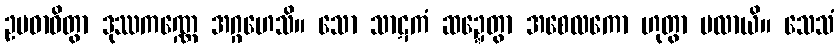
ဥပဓာဝိတွာ ဒုဿကဏ္ဏေ အဂ္ဂဟေသိ။ သော သာဋကံ ဆဍ္ဍေတွာ အစေလကော ဟုတွာ ပလာယိ။ သေသံ